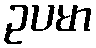
ဥပမာ